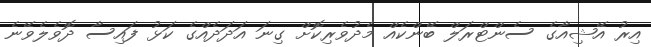
އިރު އޭޝިއާގެ ސެންޓްރަލް ބޭންކެއް މެދުވެރިކޮށް ގިނަ އަދަދެއްގެ ކަޅު ފައިސާ ދޮވެލެވޭނެ